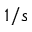
1 / s